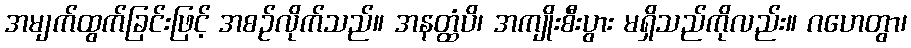
အမျက်ထွက်ခြင်းဖြင့် အစဉ်လိုက်သည်။ အနတ္ထံပိ၊ အကျိုးစီးပွား မရှိသည်ကိုလည်း။ ဂဟေတွာ၊